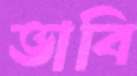
ভাবি